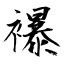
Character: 襮